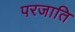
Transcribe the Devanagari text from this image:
परजाति